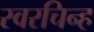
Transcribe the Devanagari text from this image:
स्वरचिन्ह